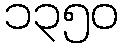
၁၃၅၀